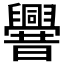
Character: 𰯼